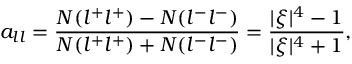
a _ { l l } = \frac { N ( l ^ { + } l ^ { + } ) - N ( l ^ { - } l ^ { - } ) } { N ( l ^ { + } l ^ { + } ) + N ( l ^ { - } l ^ { - } ) } = \frac { | \xi | ^ { 4 } - 1 } { | \xi | ^ { 4 } + 1 } ,